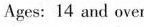
Ages: 14 and over